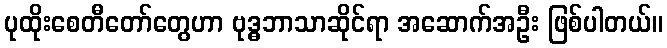
ပုထိုးစေတီတော်တွေဟာ ဗုဒ္ဓဘာသာဆိုင်ရာ အဆောက်အဦး ဖြစ်ပါတယ်။